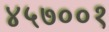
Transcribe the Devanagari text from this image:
४५७००१